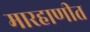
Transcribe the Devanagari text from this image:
मारहाणीत